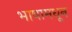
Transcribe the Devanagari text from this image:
भाषामधून